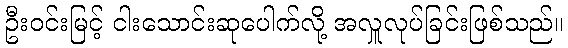
ဦးဝင်းမြင့် ငါးသောင်းဆုပေါက်လို့ အလှူလုပ်ခြင်းဖြစ်သည်။